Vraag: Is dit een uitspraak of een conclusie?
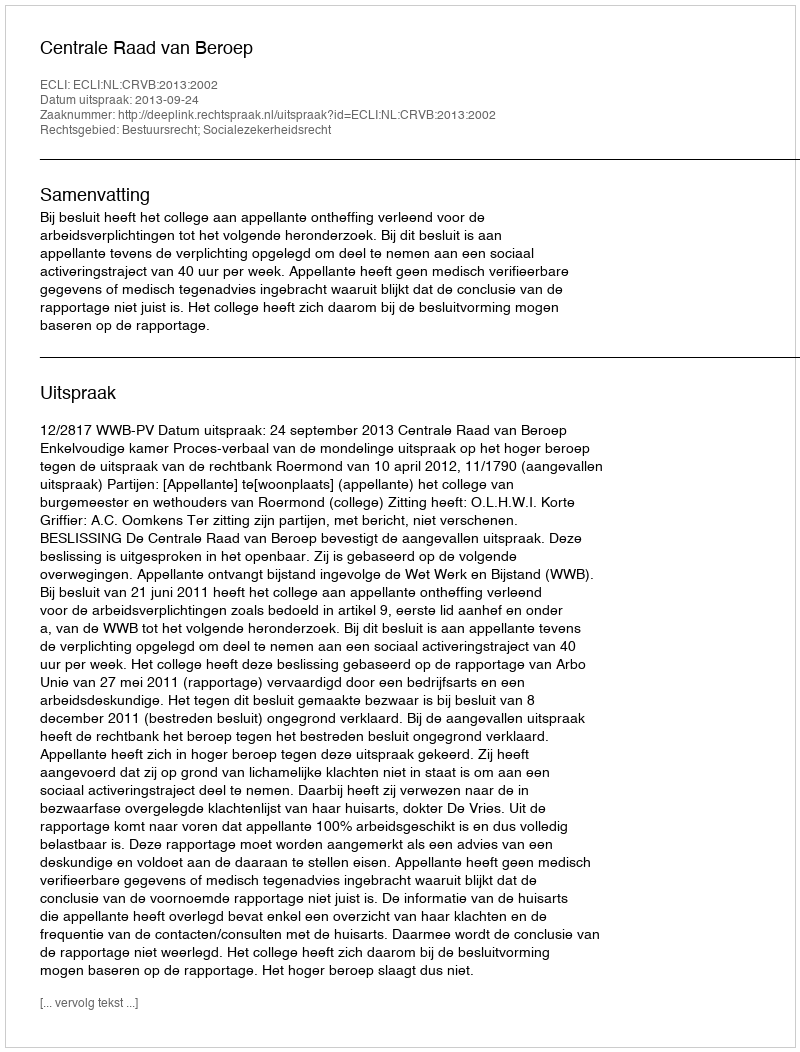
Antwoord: Uitspraak